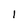
Character: I